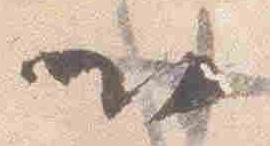
以